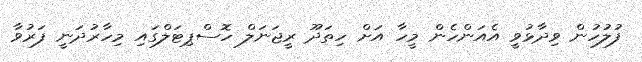
ފުލުހުން ވިދާޅުވީ އެއަންހެން މީހާ އަށް ހިތަދޫ ރީޖަނަލް ހޮސްޕިޓަލްގައި މިހާރުދަނީ ފަރުވާ